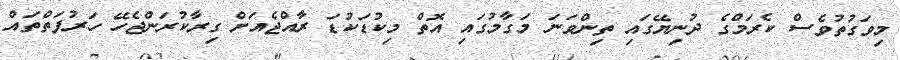
މިވަގުތުވެސް ކެރަމްގެ ދުނިޔޭގައި ތިންވަނަ މަގާމުގައި އޮތް މިކުޑަކުޑަ ރާއްޖެއަށް ގިރާކުރަންޖެހޭ ހަރުފަތްތައް